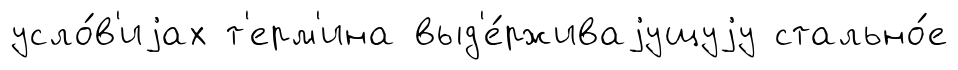
усло́в'иjах т'ерм'ина выд'е́рживаjущуjу стально́е